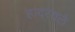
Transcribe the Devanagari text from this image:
हादरवले